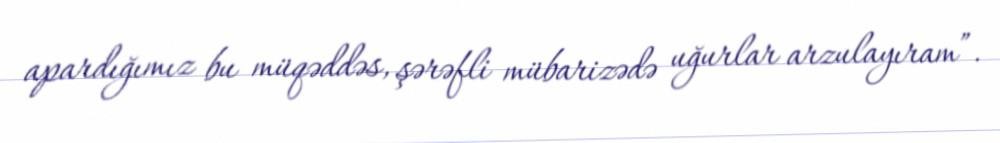
apardığımız bu müqəddəs, şərəfli mübarizədə uğurlar arzulayıram”.